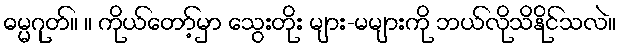
ဓမ္မဂုတ်။ ။ ကိုယ်တော့်မှာ သွေးတိုး များ-မများကို ဘယ်လိုသိနိုင်သလဲ။